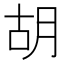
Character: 胡